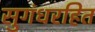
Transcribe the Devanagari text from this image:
सुगंधरहित